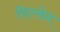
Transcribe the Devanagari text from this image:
पिल्सेन